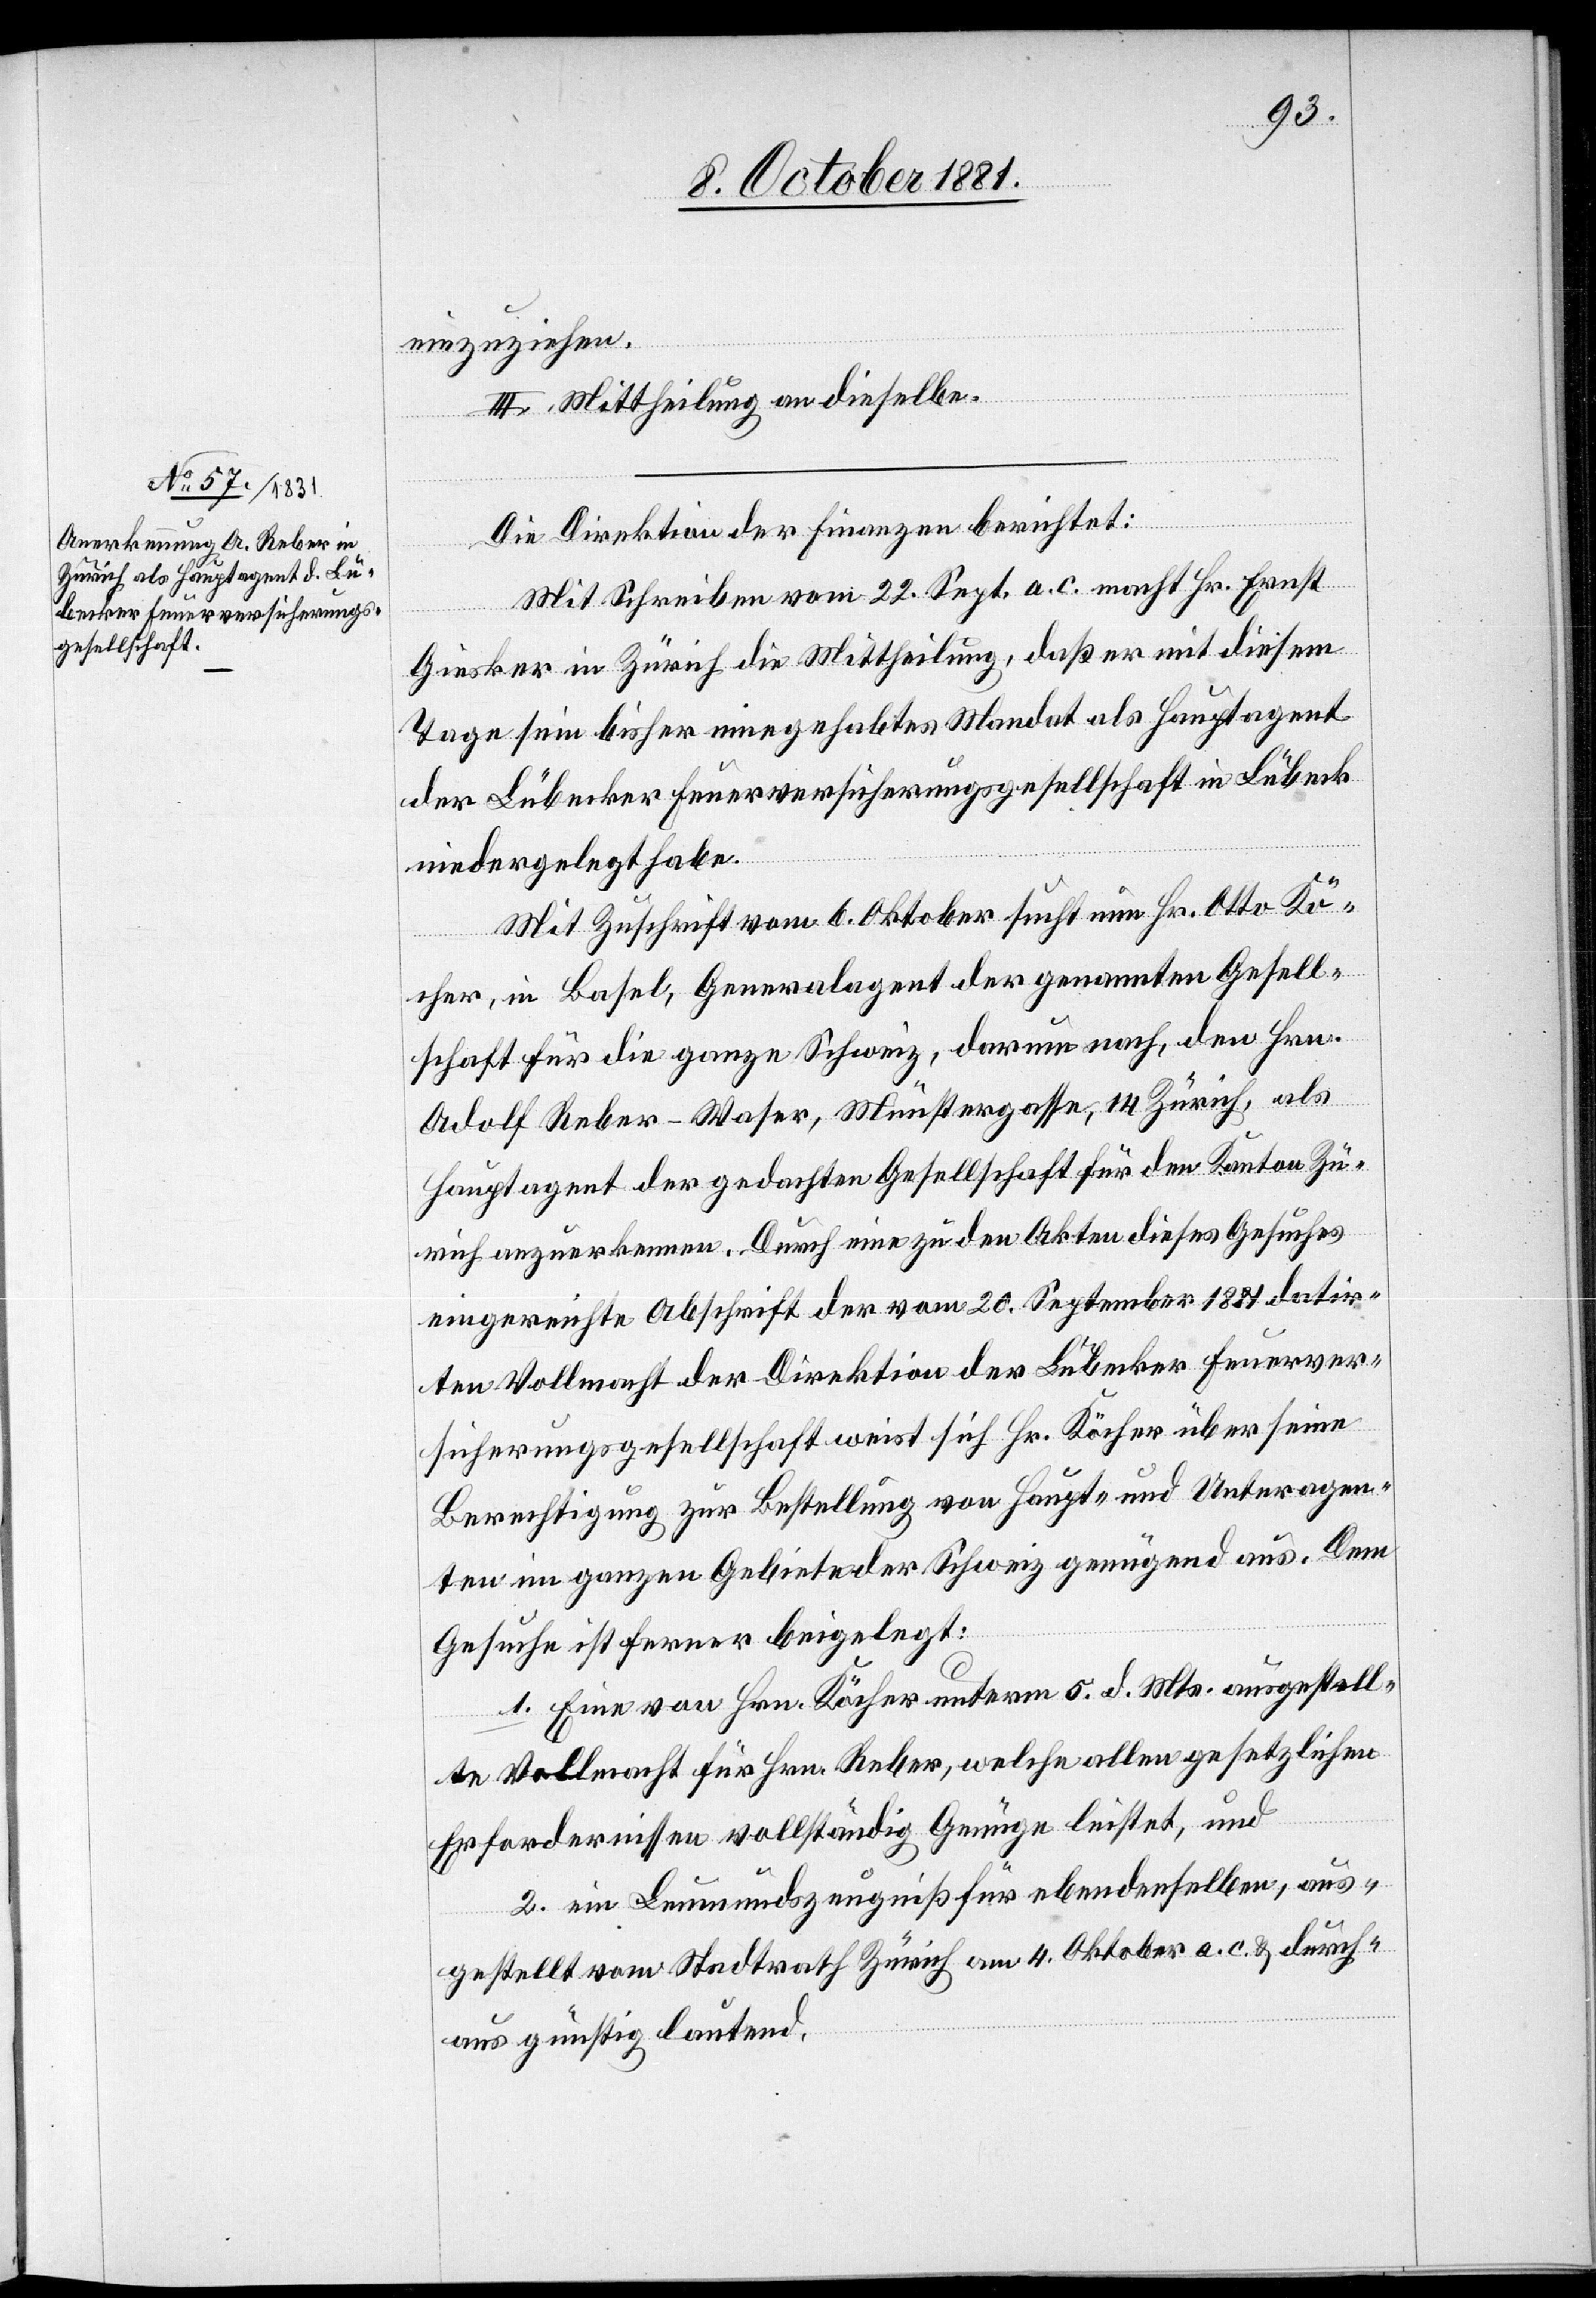
einzuziehen.
III. Mittheilung an dieselben.
Die Direktion der Finanzen berichtet:
Mit Schreiben vom 22. Sept. a. c. macht Hr. Ernst
Giesker in Zürich die Mittheilung, daß er mit diesem
Tage sein bisher innegehabtes Mandat als Hauptagent
der Lübecker Feuerversicherungsgesellschaft in Lübeck
niedergelegt habe.
Mit Zuschrift vom 6. Oktober sucht nun Hr. Otto Kö¬
cher, in Basel, Generalagent der genannten Gesell¬
schaft für die ganze Schweiz, darum nach, den Hrn.
Adolf Reber-Waser, Münstergasse, 14[,] Zürich, als
Hauptagent der gedachten Gesellschaft für den Kanton Zü¬
rich anzuerkennen. Durch eine zu den Akten dieses Gesuches
eingereichte Abschrift der vom 20. September 1881 datir¬
ten Vollmacht der Direktion der Lübecker Feuerver¬
sicherungsgesellschaft weist sich Hr. Köcher über seine
Berechtigung zur Bestellung von Haupt- und Unteragen¬
ten im ganzen Gebiete der Schweiz genügend aus. Dem
Gesuche ist ferner beigelegt:
1. Eine von Hrn. Köcher unterm 5. d. Mts. ausgestell¬
te Vollmacht für Hrn. Reber, welche allen gesetzlichen
Erfordernissen vollständig Genüge leistet, und
2. ein Leumundszeugniß für ebendenselben, aus¬
gestellt vom Stadtrath Zürich am 4. Oktober a. c. & durch¬
aus günstig lautend.